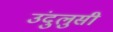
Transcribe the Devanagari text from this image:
उंदुलुसी